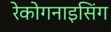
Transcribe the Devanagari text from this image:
रेकोगनाइसिंग